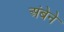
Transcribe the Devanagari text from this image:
अंबेने